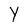
Character: y